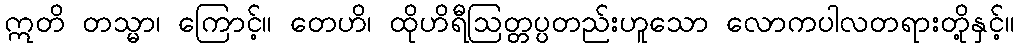
ဣတိ တသ္မာ၊ ကြောင့်။ တေဟိ၊ ထိုဟိရီဩတ္တပ္ပတည်းဟူသော လောကပါလတရားတို့နှင့်။